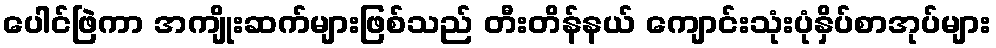
ပေါင်ဖြဲကာ အကျိုးဆက်များဖြစ်သည် တီးတိန်နယ် ကျောင်းသုံးပုံနှိပ်စာအုပ်များ